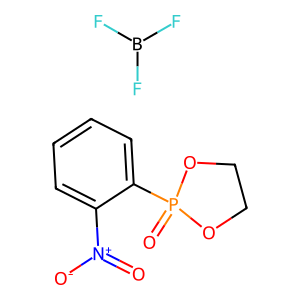
SMILES: FB(F)F.O=[N+]([O-])c1ccccc1P1(=O)OCCO1
Inhibits HIV replication: No